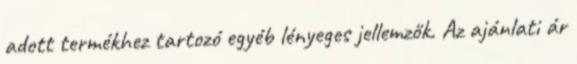
adott termékhez tartozó egyéb lényeges jellemzők. Az ajánlati ár